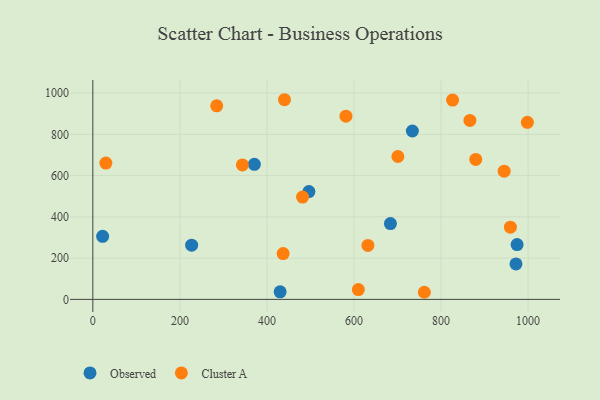
{"axis": {"x": "Ad Spend", "y": "Demand"}, "legend": ["Cluster A", "Observed"], "data": [{"x": "227.0", "y": 262.8, "type": "Observed"}, {"x": "734.1", "y": 816.4, "type": "Observed"}, {"x": "972.1", "y": 171.9, "type": "Observed"}, {"x": "22.5", "y": 305.6, "type": "Observed"}, {"x": "430.3", "y": 36.6, "type": "Observed"}, {"x": "683.7", "y": 367.5, "type": "Observed"}, {"x": "974.7", "y": 265.7, "type": "Observed"}, {"x": "371.1", "y": 654.6, "type": "Observed"}, {"x": "496.4", "y": 522.5, "type": "Observed"}, {"x": "998.3", "y": 858.4, "type": "Cluster A"}, {"x": "581.5", "y": 888.0, "type": "Cluster A"}, {"x": "632.0", "y": 261.7, "type": "Cluster A"}, {"x": "761.6", "y": 34.5, "type": "Cluster A"}, {"x": "700.8", "y": 692.6, "type": "Cluster A"}, {"x": "343.6", "y": 651.7, "type": "Cluster A"}, {"x": "879.7", "y": 678.3, "type": "Cluster A"}, {"x": "959.3", "y": 350.3, "type": "Cluster A"}, {"x": "284.6", "y": 938.1, "type": "Cluster A"}, {"x": "826.5", "y": 966.4, "type": "Cluster A"}, {"x": "866.3", "y": 867.7, "type": "Cluster A"}, {"x": "945.0", "y": 621.3, "type": "Cluster A"}, {"x": "610.0", "y": 47.4, "type": "Cluster A"}, {"x": "481.8", "y": 495.9, "type": "Cluster A"}, {"x": "437.2", "y": 222.0, "type": "Cluster A"}, {"x": "29.9", "y": 660.9, "type": "Cluster A"}, {"x": "440.3", "y": 967.9, "type": "Cluster A"}]}